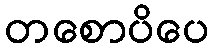
တစောပိပေ